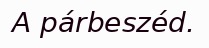
A párbeszéd.